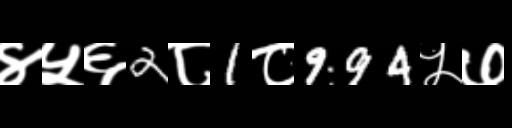
Text: ४५६2८1८994५७